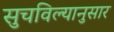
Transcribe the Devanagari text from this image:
सुचविल्यानुसार